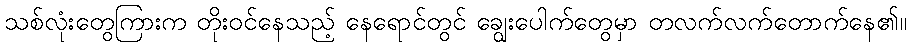
သစ်လုံးတွေကြားက တိုးဝင်နေသည့် နေရောင်တွင် ချွေးပေါက်တွေမှာ တလက်လက်တောက်နေ၏။